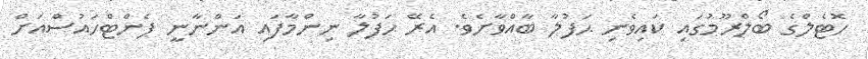
ހޮޓެލްގެ ބޯލްރޫމުގައި ކައިވެނި ޙަފުލާ ބާއްވާށެވެ. އެރޭ ޙަފުލާ ނިންމާފައި އަންނާނީ ޕެންޓްހައުސްއަށް